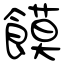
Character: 饃